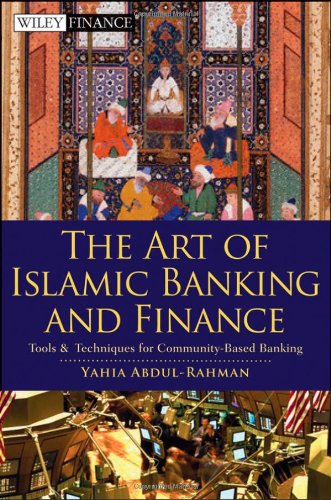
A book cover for The Art of Islamic Banking and Finance: Tools and Techniques for Community-Based Banking; Yahia Abdul-Rahman; Religion & Spirituality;